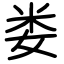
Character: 娄